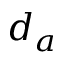
d _ { a }